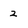
Character: 2